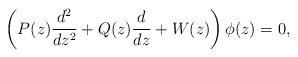
LaTeX: \begin{align*} \left(P(z) \frac{d^2}{dz^2} + Q(z) \frac{d}{dz} + W(z)\right) \phi(z) = 0, \end{align*}